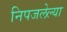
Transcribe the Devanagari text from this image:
निपजलेल्या